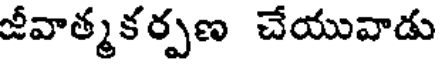
జీవాత్మకర్పణ చేయువాడు